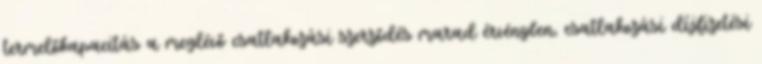
termelőkapacitás a meglévő csatlakozási szerződés marad érvényben, csatlakozási díjfizetési